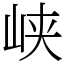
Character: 峡